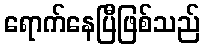
ရောက်နေပြီဖြစ်သည်